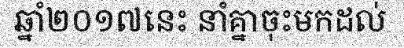
ឆ្នាំ២០១៧នេះ នាំគ្នាចុះមកដល់